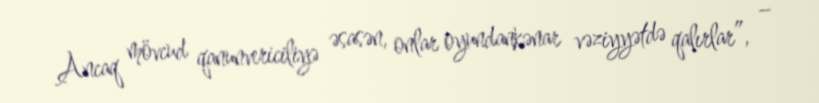
Ancaq mövcud qanunvericiliyə əsasən, onlar oyundankənar vəziyyətdə qalırlar”, –